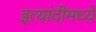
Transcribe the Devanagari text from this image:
इत्यांदीमध्ये